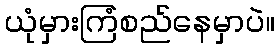
ယုံမှားကြံစည်နေမှာပဲ။